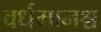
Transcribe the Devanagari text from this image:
वर्धमानश्च